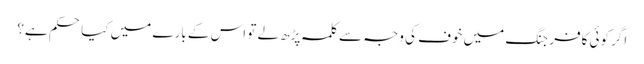
اگر کوئی کافر جنگ میں خوف کی وجہ سے کلمہ پڑھ لے تو اس کے بارے میں کیا حکم ہے؟